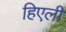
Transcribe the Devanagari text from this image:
हिएली